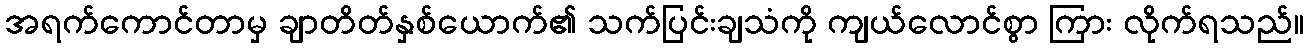
အရက်ကောင်တာမှ ချာတိတ်နှစ်ယောက်၏ သက်ပြင်းချသံကို ကျယ်လောင်စွာ ကြား လိုက်ရသည်။